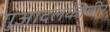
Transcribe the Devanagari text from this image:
गुआदलकीवीर